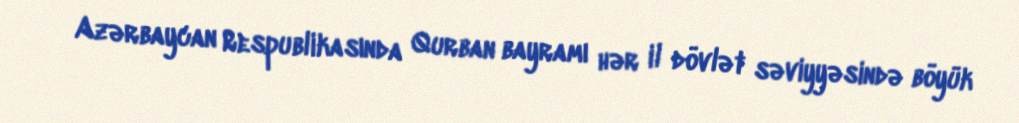
Azərbaycan Respublikasında Qurban bayramı hər il dövlət səviyyəsində böyük